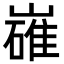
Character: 𡽛